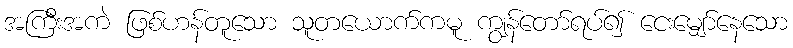
အကြီးအကဲ ဖြစ်ဟန်တူသော သူတယောက်ကမူ ကျွန်တော်ရပ်၍ ငေးမျှော်နေသော